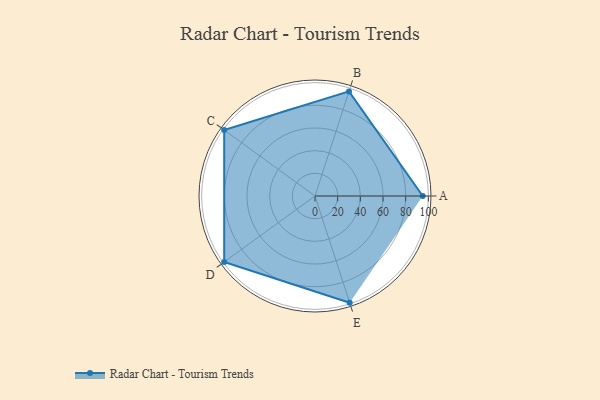
{"axis": {"x": "Skill", "y": "Score"}, "legend": ["Profile"], "data": [{"x": "A", "y": 95.0, "type": "Profile"}, {"x": "B", "y": 97.0, "type": "Profile"}, {"x": "C", "y": 99, "type": "Profile"}, {"x": "D", "y": 99, "type": "Profile"}, {"x": "E", "y": 99, "type": "Profile"}]}